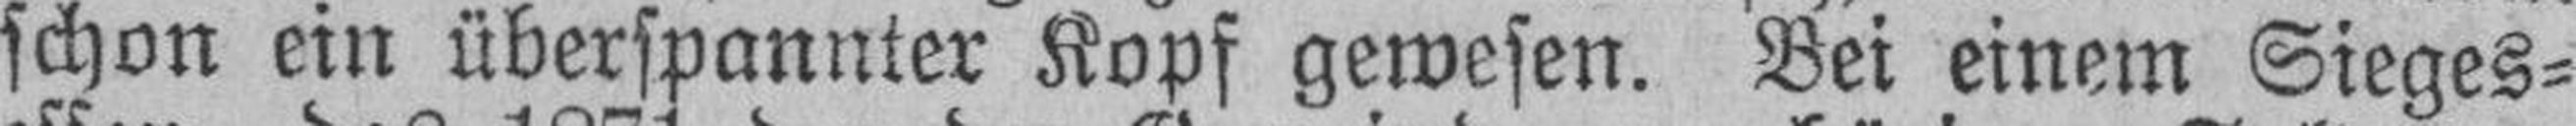
schon ein überspannter Kopf gewesen. Bei einem Sieges¬